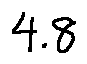
4 . 8